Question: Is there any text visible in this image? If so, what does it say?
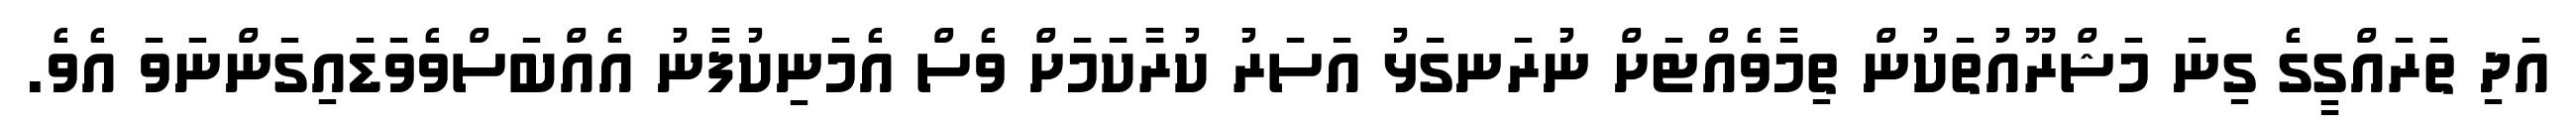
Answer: އަދި ތަރައްގީގެ ގިނަ މަޝްރޫއުތަކުން ތިމާވެއްޓަށް ނުރަނގަޅު އަސަރު ކުރާކަމަށް ވެސް އެމަނިކުފާނު އެއްބަސްވެވަޑައިގަންނަވަ އެވެ.